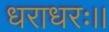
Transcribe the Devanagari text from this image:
धराधरः।।